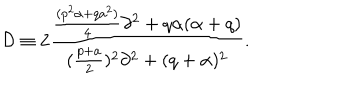
{ \cal D } \equiv 2 { \frac { { \frac { ( p ^ { 2 } \alpha + q a ^ { 2 } ) } { 4 } } \partial ^ { 2 } + q \alpha ( \alpha + q ) } { ( { \frac { p + a } { 2 } } ) ^ { 2 } \partial ^ { 2 } + ( q + \alpha ) ^ { 2 } } } .